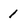
Character: 1